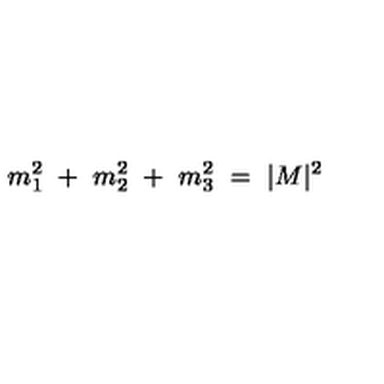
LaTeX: m _ { 1 } ^ { 2 } \ + \ m _ { 2 } ^ { 2 } \ + \ m _ { 3 } ^ { 2 } \ = \ | M | ^ { 2 } \ \